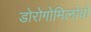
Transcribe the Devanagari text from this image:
डोरोगोमिलोवो